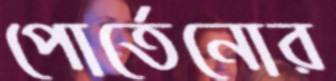
পোর্তেনোর